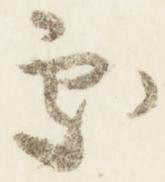
処